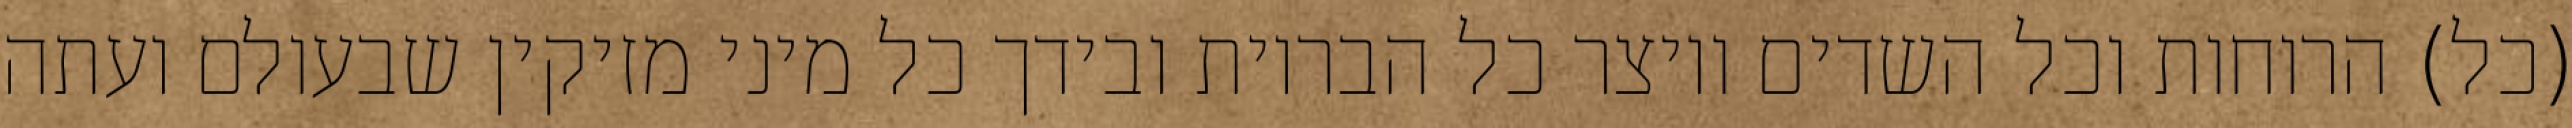
(כל) הרוחות וכל השדים ויוצר כל הבריות ובידך כל מיני מזיקין שבעולם ועתה